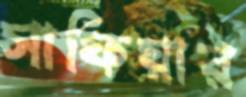
সাফিয়ার